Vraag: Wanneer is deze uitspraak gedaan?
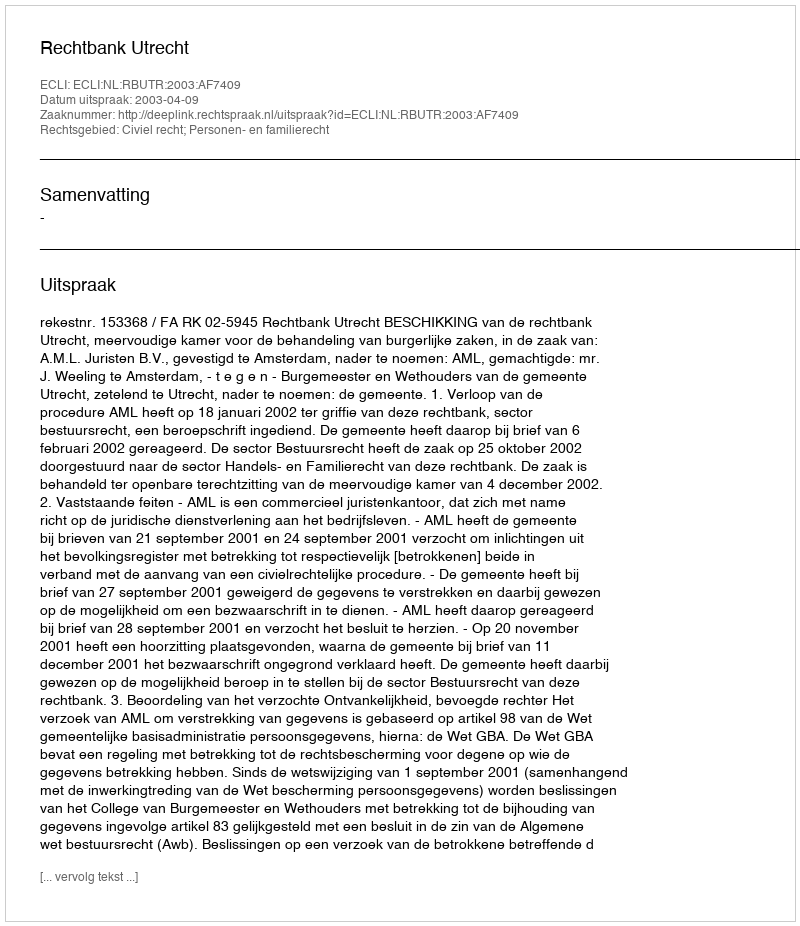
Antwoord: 2003-04-09